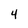
Character: 4